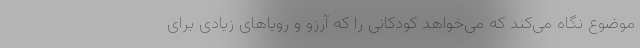
موضوع نگاه می‌کند که می‌خواهد کودکانی را که آرزو و رویاهای زیادی برای